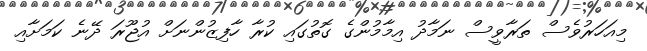
މިއަހަރުވެސް ތަރާވީސް ނަމާދު އިމާމުންގެ ގޮތުގައި ކުރާ ހާފިޒުންނަށް އުޖޫރަ ދޭނެ ކަމަށާއި